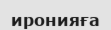
иронияға